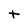
Character: t